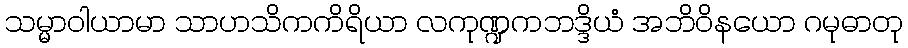
သမ္မာဝါယာမာ သာဟသိကကိရိယာ လကုဏ္ဍကဘဒ္ဒိယံ အဘိဝိနယော ဂမုဓာတု